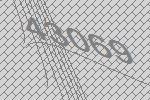
43069